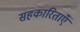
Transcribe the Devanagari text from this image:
सहकारिताएँ